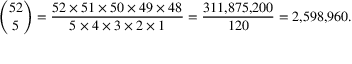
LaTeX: { \binom { 5 2 } { 5 } } = { \frac { 5 2 \times 5 1 \times 5 0 \times 4 9 \times 4 8 } { 5 \times 4 \times 3 \times 2 \times 1 } } = { \frac { 3 1 1 { , } 8 7 5 { , } 2 0 0 } { 1 2 0 } } = 2 { , } 5 9 8 { , } 9 6 0 .